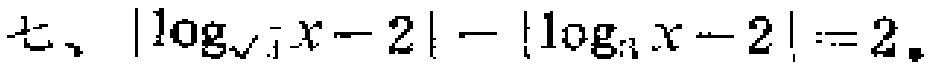
七、\(\vert\log_{\sqrt{3}}x - 2\vert - \vert\log_{3}x - 2\vert = 2\)。